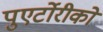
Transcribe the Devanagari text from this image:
पुएर्टोरीको